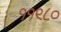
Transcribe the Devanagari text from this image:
११९८०